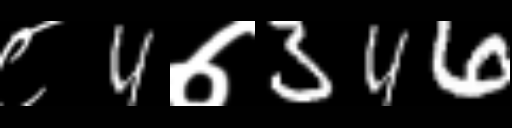
Text: ८4७346